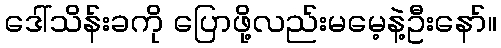
ဒေါ်သိန်းခကို ပြောဖို့လည်းမမေ့နဲ့ဦးနော်။